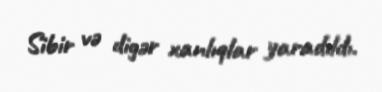
Sibir və digər xanlıqlar yaradıldı.